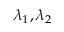
\lambda _ { 1 } , \lambda _ { 2 }